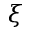
\xi